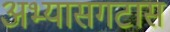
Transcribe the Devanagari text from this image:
अभ्यासगटास